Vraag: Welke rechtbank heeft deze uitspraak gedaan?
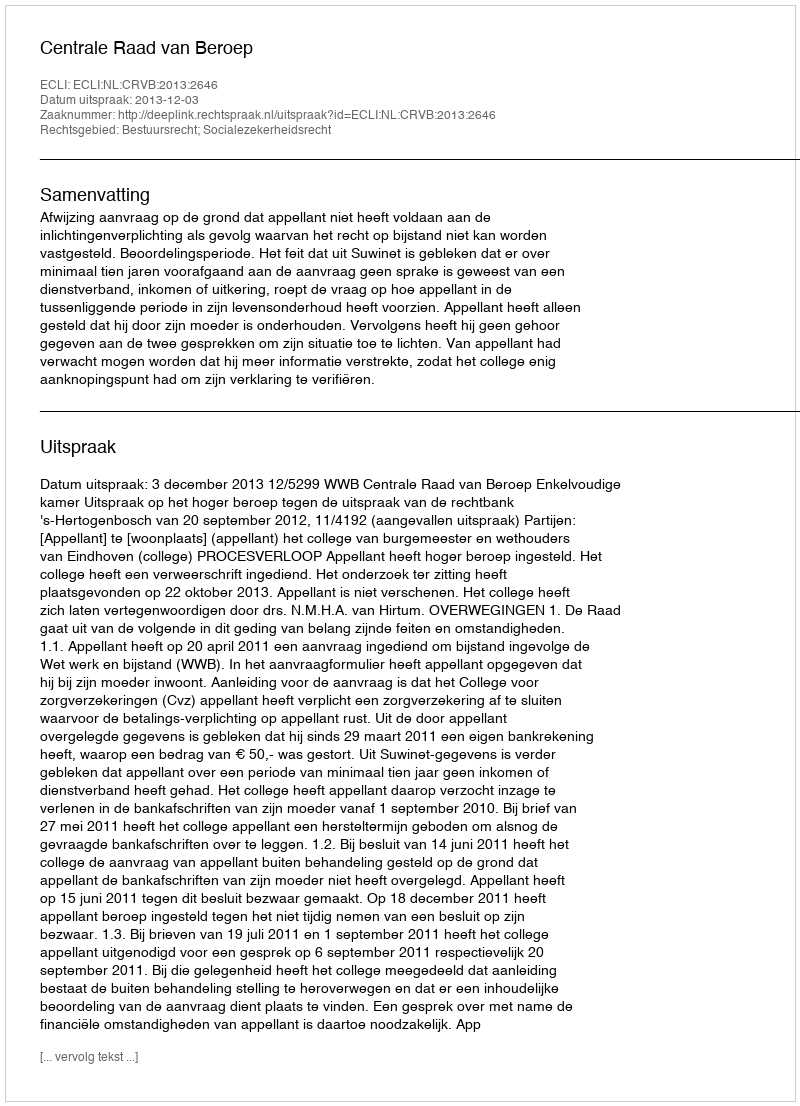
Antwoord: Centrale Raad van Beroep